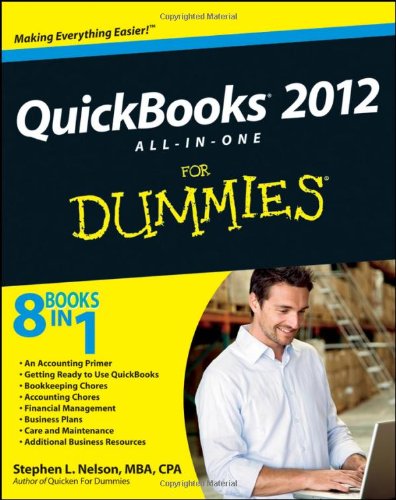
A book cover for QuickBooks 2012 All-in-One For Dummies; Stephen L. Nelson; Computers & Technology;